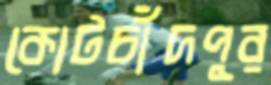
কোটচাঁদপুর